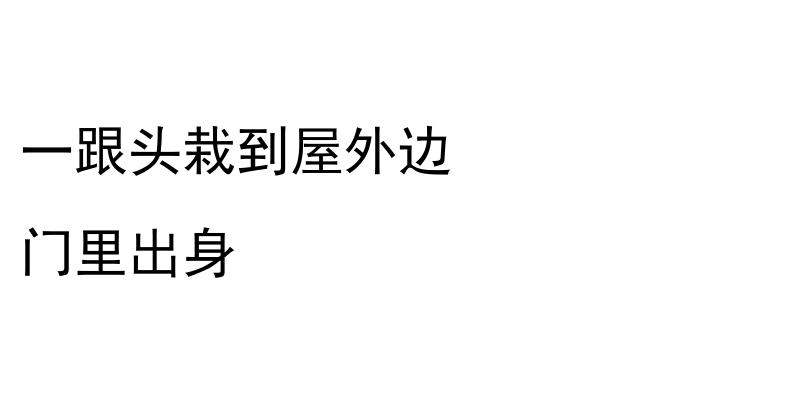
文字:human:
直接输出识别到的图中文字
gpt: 一跟头栽到屋外边 门里出身